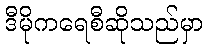
ဒီမိုကရေစီဆိုသည်မှာ